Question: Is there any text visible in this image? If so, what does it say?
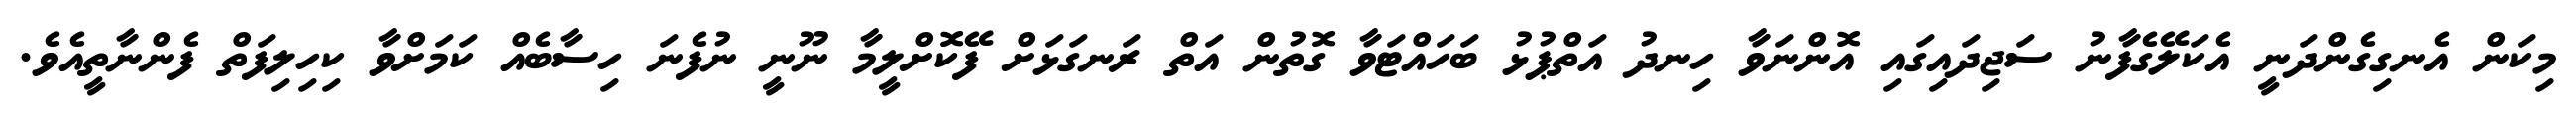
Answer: މިކަން އެނގިގެންދަނީ އެކަލޭގެފާނު ސަޖިދައިގައި އޮންނަވާ ހިނދު އަތްޕުޅު ބަހައްޓަވާ ގޮތުން އަތް ރަނގަޅަށް ފޭކޮށްލީމާ ނޫނީ ނުފެނަ ހިސާބެއް ކަމަށްވާ ކިހިލިފަތް ފެންނާތީއެވެ.